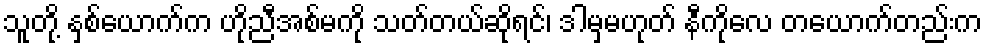
သူတို့ နှစ်ယောက်က ဟိုညီအစ်မကို သတ်တယ်ဆိုရင်၊ ဒါမှမဟုတ် နီကိုလေ တယောက်တည်းက